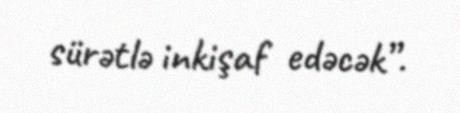
sürətlə inkişaf edəcək”.